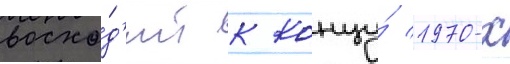
восхо́д'ит к концу́ 1970-х